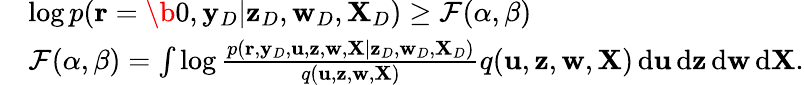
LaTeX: \begin{array}{rl}&{\log p({\mathbf r}=\b 0,{\mathbf y}_{D}|{\mathbf z}_{D},{\mathbf w}_{D},{\mathbf X}_{D})\geq{\mathcal{F}}(\alpha,\beta)}\\ &{{\mathcal{F}}(\alpha,\beta)=\int\log\frac{p({\mathbf r},{\mathbf y}_{D},{\mathbf u},{\mathbf z},{\mathbf w},{\mathbf X}|{\mathbf z}_{D},{\mathbf w}_{D},{\mathbf X}_{D})}{q({\mathbf u},{\mathbf z},{\mathbf w},{\mathbf X})}q({\mathbf u},{\mathbf z},{\mathbf w},{\mathbf X})\, {\mathrm d}{\mathbf u}\, {\mathrm d}{\mathbf z}\, {\mathrm d}{\mathbf w}\, {\mathrm d}{\mathbf X}.}\end{array}